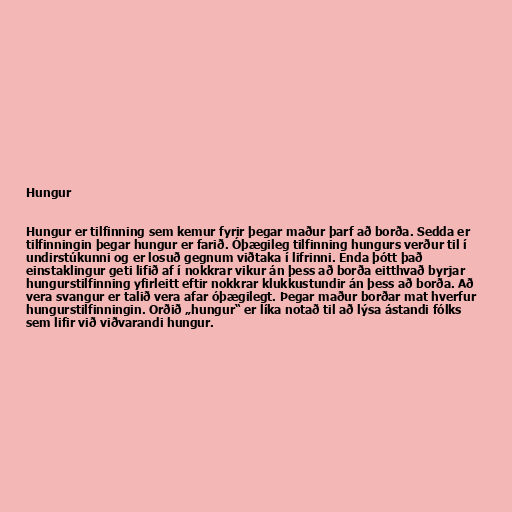
Hungur

Hungur er tilfinning sem kemur fyrir þegar maður þarf að borða. Sedda er
tilfinningin þegar hungur er farið. Óþægileg tilfinning hungurs verður til í
undirstúkunni og er losuð gegnum viðtaka í lifrinni. Enda þótt það
einstaklingur geti lifið af í nokkrar vikur án þess að borða eitthvað byrjar
hungurstilfinning yfirleitt eftir nokkrar klukkustundir án þess að borða. Að
vera svangur er talið vera afar óþægilegt. Þegar maður borðar mat hverfur
hungurstilfinningin. Orðið „hungur“ er líka notað til að lýsa ástandi fólks
sem lifir við viðvarandi hungur.